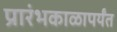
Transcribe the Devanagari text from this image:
प्रारंभकाळापर्यंत